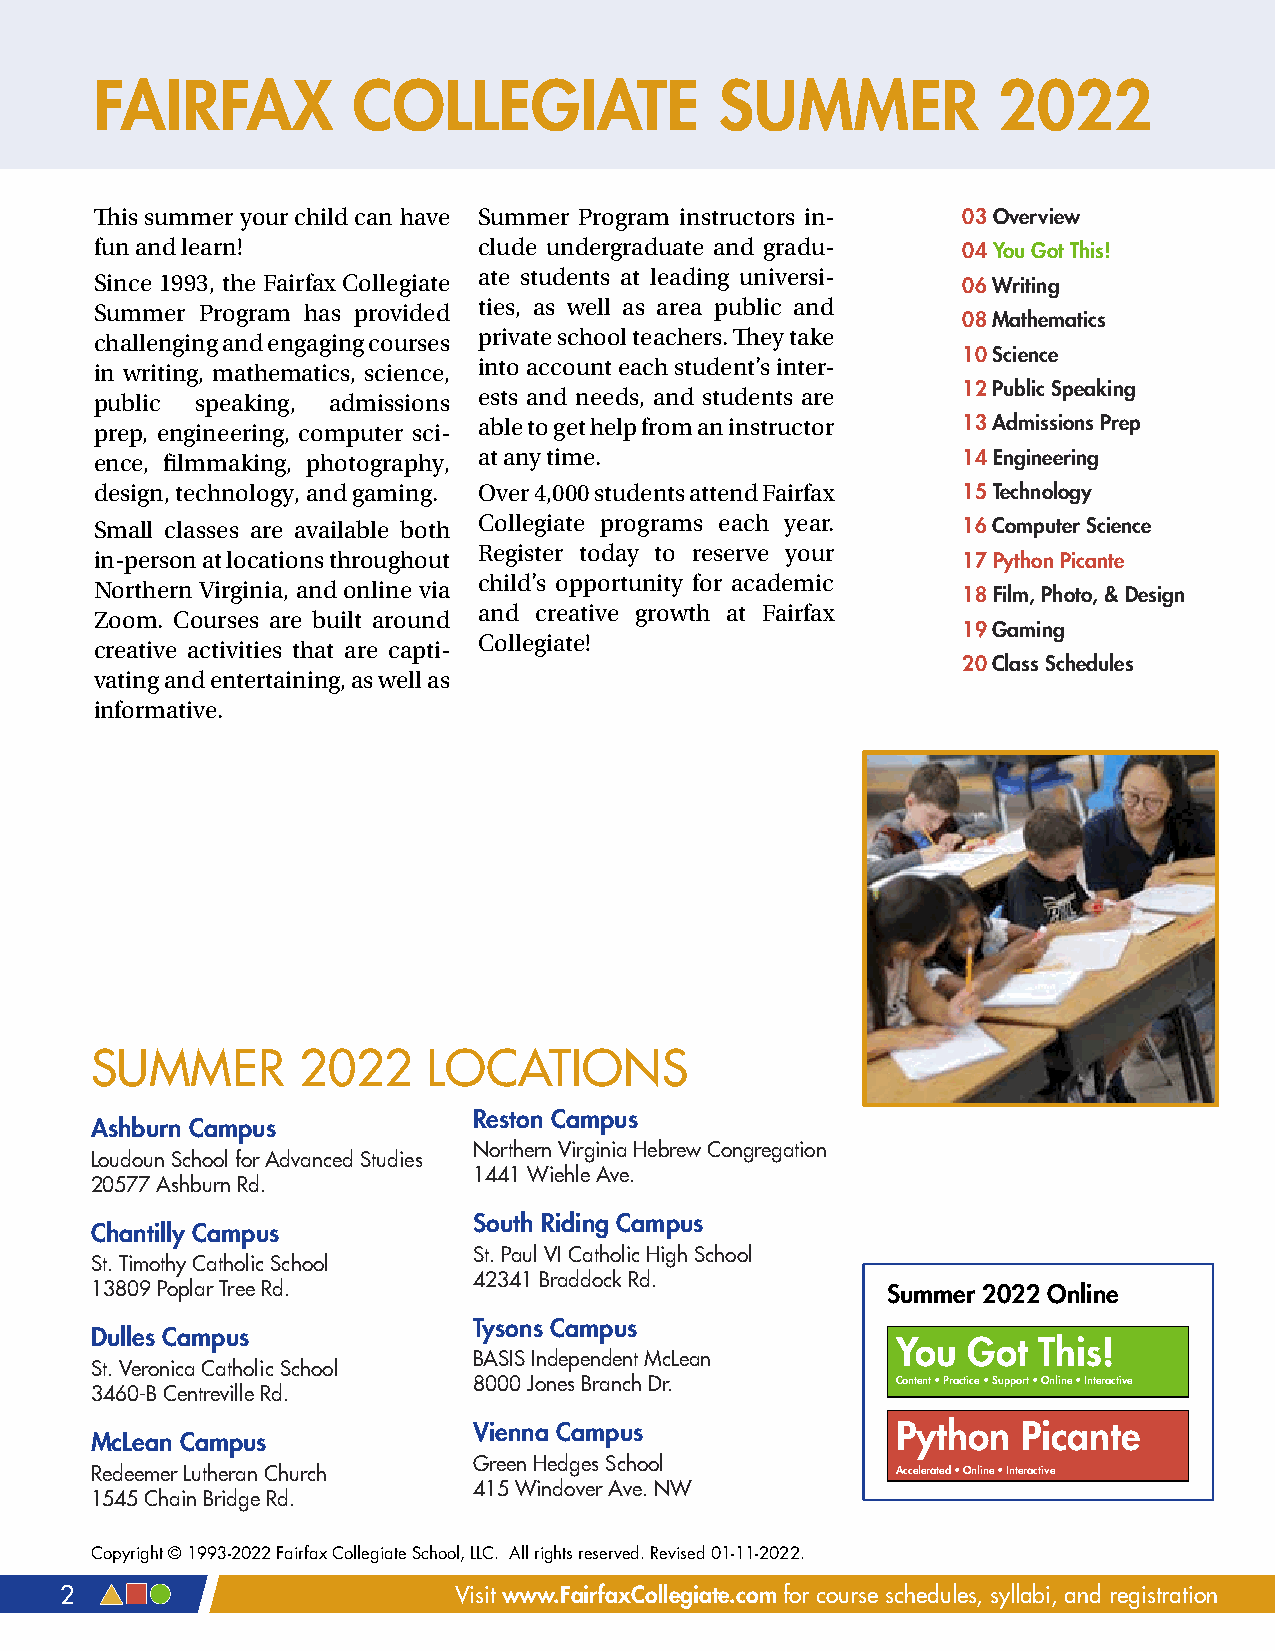
FAIRFAX          COLLEGIATE               SUMMER            2022
 This summer your child can have Summer Program instructors in- 03 Overview
 fun and learn!            clude undergraduate and gradu-
 04 You Got This!
 ate students at leading universi-
 Since 1993, the Fairfax Collegiate                        06 Writing
 ties, as well as area public and
 Summer Program has provided
 08 Mathematics
 private school teachers. They take
 challenging and engaging courses
 10 Science
 into account each student’s inter-
 in writing, mathematics, science,
 ests and needs, and students are 12 Public Speaking
 public speaking, admissions
 able to get help from an instructor 13 Admissions Prep
 prep, engineering, computer sci-
 ence, filmmaking, photography, at any time.               14 Engineering
 design, technology, and gaming. Over 4,000 students attend Fairfax 15 Technology
 Small classes are available both Collegiate programs each year. 16 Computer Science
 Register today to reserve your
 in-person at locations throughout                         17 Python Picante
 child’s opportunity for academic
 Northern Virginia, and online via
 18 Film, Photo, & Design
 and creative growth at Fairfax
 Zoom. Courses are built around
 19 Gaming
 Collegiate!
 creative activities that are capti-
 20 Class Schedules
 vating and entertaining, as well as
 informative.
 SUMMER        2022    LOCATIONS
 Reston Campus
 Ashburn Campus
 Northern Virginia Hebrew Congregation
 Loudoun School for Advanced Studies
 1441 Wiehle Ave.
 20577 Ashburn Rd.
 South Riding Campus
 Chantilly Campus
 St. Paul VI Catholic High School
 St. Timothy Catholic School
 42341 Braddock Rd.
 13809 Poplar Tree Rd.                                Summer 2022 Online
 Tysons Campus
 Dulles Campus
 You  Got  This!
 BASIS Independent McLean
 St. Veronica Catholic School
 8000 Jones Branch Dr.       Content • Practice • Support • Online • Interactive
 3460-B Centreville Rd.
 Vienna Campus               Python   Picante
 McLean Campus
 Green Hedges School
 Redeemer Lutheran Church                             Accelerated • Online • Interactive
 415 Windover Ave. NW
 1545 Chain Bridge Rd.
 Copyright © 1993-2022 Fairfax Collegiate School, LLC. All rights reserved. Revised 01-11-2022.
 2                         Visit www.FairfaxCollegiate.com for course schedules, syllabi, and registration